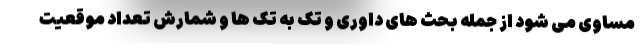
مساوی می شود از جمله بحث های داوری و تک به تک ها و شمارش تعداد موقعیت